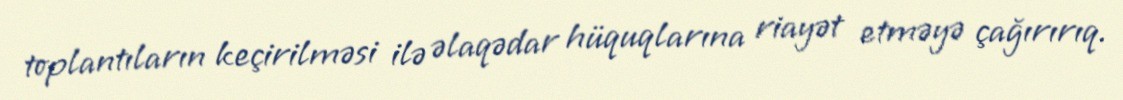
toplantıların keçirilməsi ilə əlaqədar hüquqlarına riayət etməyə çağırırıq.